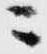
ニ